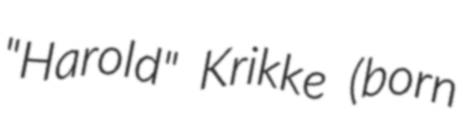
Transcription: "Harold" Krikke (born